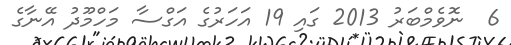
6  ނޮވެމްބަރު 2013 ގައި 19 އަހަރުގެ އަގްސާ މަހްމޫދު އޭނާގެ